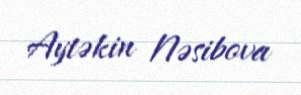
Aytəkin Nəsibova